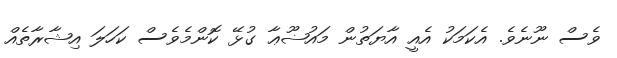
ވެސް ނޫނެވެ. އެކަމަކު އެއީ އާޔަތުން މައުޟޫޢާ ގުޅޭ ކޮންމެވެސް ކަހަލަ އިޝާރާތެއް